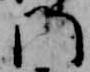
門